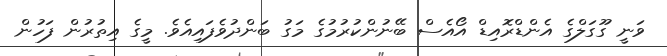
ވަނީ ގޫގަލްގެ އެންޑްރޮއިޑް އޯއެސް ބޭނުންކުރުމުގެ މަގު ބަންދުވެފައިއެވެ. މީގެ އިތުރުން ފަހުން